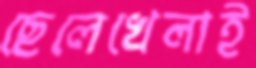
ছেলেখেলাই